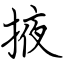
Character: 掖